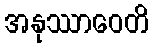
အနုဿာဝေတိ